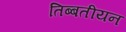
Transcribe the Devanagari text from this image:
तिब्‍बतीयन